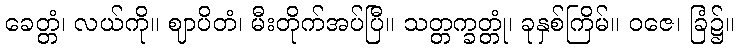
ခေတ္တံ၊ လယ်ကို။ ဈာပိတံ၊ မီးတိုက်အပ်ပြီ။ သတ္တက္ခတ္တုံ၊ ခုနှစ်ကြိမ်။ ဝဇေ၊ ခြံ၌။